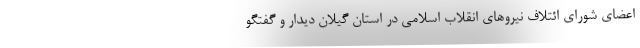
اعضای شورای ائتلاف نیروهای انقلاب اسلامی در استان گیلان دیدار و گفتگو